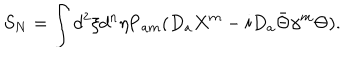
S _ { N } = \int d ^ { 2 } \xi d ^ { n } \eta \mathrm { P } _ { a m } ( D _ { a } X ^ { m } - i D _ { a } \bar { \Theta } \gamma ^ { m } \Theta ) .